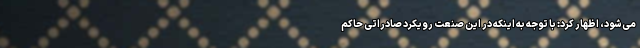
می‌شود، اظهار کرد: با توجه به اینکه در این صنعت رویکرد صادراتی حاکم